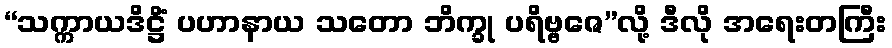
“သက္ကာယဒိဋ္ဌိံ ပဟာနာယ သတော ဘိက္ခု ပရိဗ္ဗဇေ”လို့ ဒီလို အရေးတကြီး